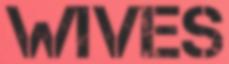
WIVES